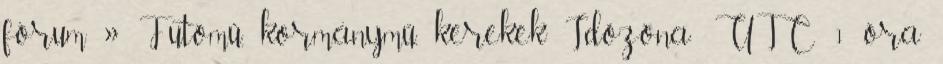
fórum » Futómű, kormánymű, kerekek Időzóna: UTC 1 óra